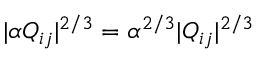
| \alpha Q _ { i j } | ^ { 2 / 3 } = \alpha ^ { 2 / 3 } | Q _ { i j } | ^ { 2 / 3 }